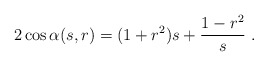
\begin{align*} 2\cos\alpha(s,r)=(1+r^2)s+\frac{1-r^2}{s}\ .\end{align*}